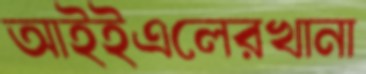
আইইএলেরখানা